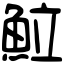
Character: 𩶘